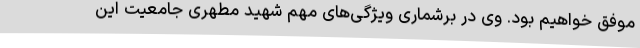
موفق خواهیم بود. وی در برشماری ویژگی‌های مهم شهید مطهری جامعیت این